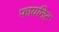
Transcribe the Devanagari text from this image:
फायनिट